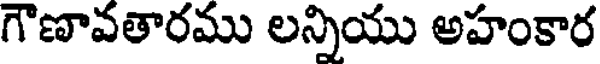
గౌణావతారము లన్నియు అహంకార